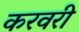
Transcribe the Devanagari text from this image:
करवरी